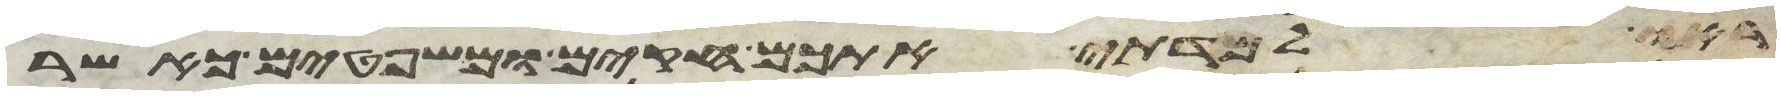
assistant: ראו למדתי אתכם חקים ומשפטים כאשר